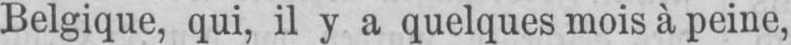
Belgique, qui, il y a quelques mois à peine,